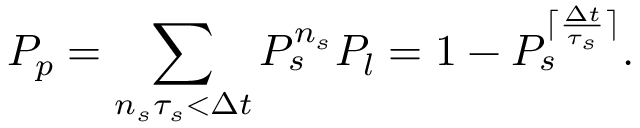
P _ { p } = \sum _ { n _ { s } \tau _ { s } < \Delta t } P _ { s } ^ { n _ { s } } P _ { l } = 1 - P _ { s } ^ { \lceil \frac { \Delta t } { \tau _ { s } } \rceil } .